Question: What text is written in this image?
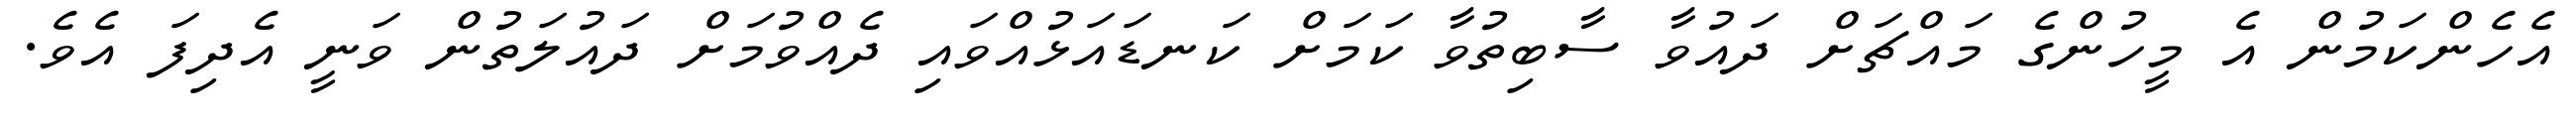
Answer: އެހެންކަމުން އެ މީހުންގެ މައްޗަށް ދައުވާ ސާބިތުވާ ކަމަށް ކަނޑައަޅުއްވައި ދެއްވުމަށް ދައުލަތުން ވަނީ އެދިފަ އެވެ.